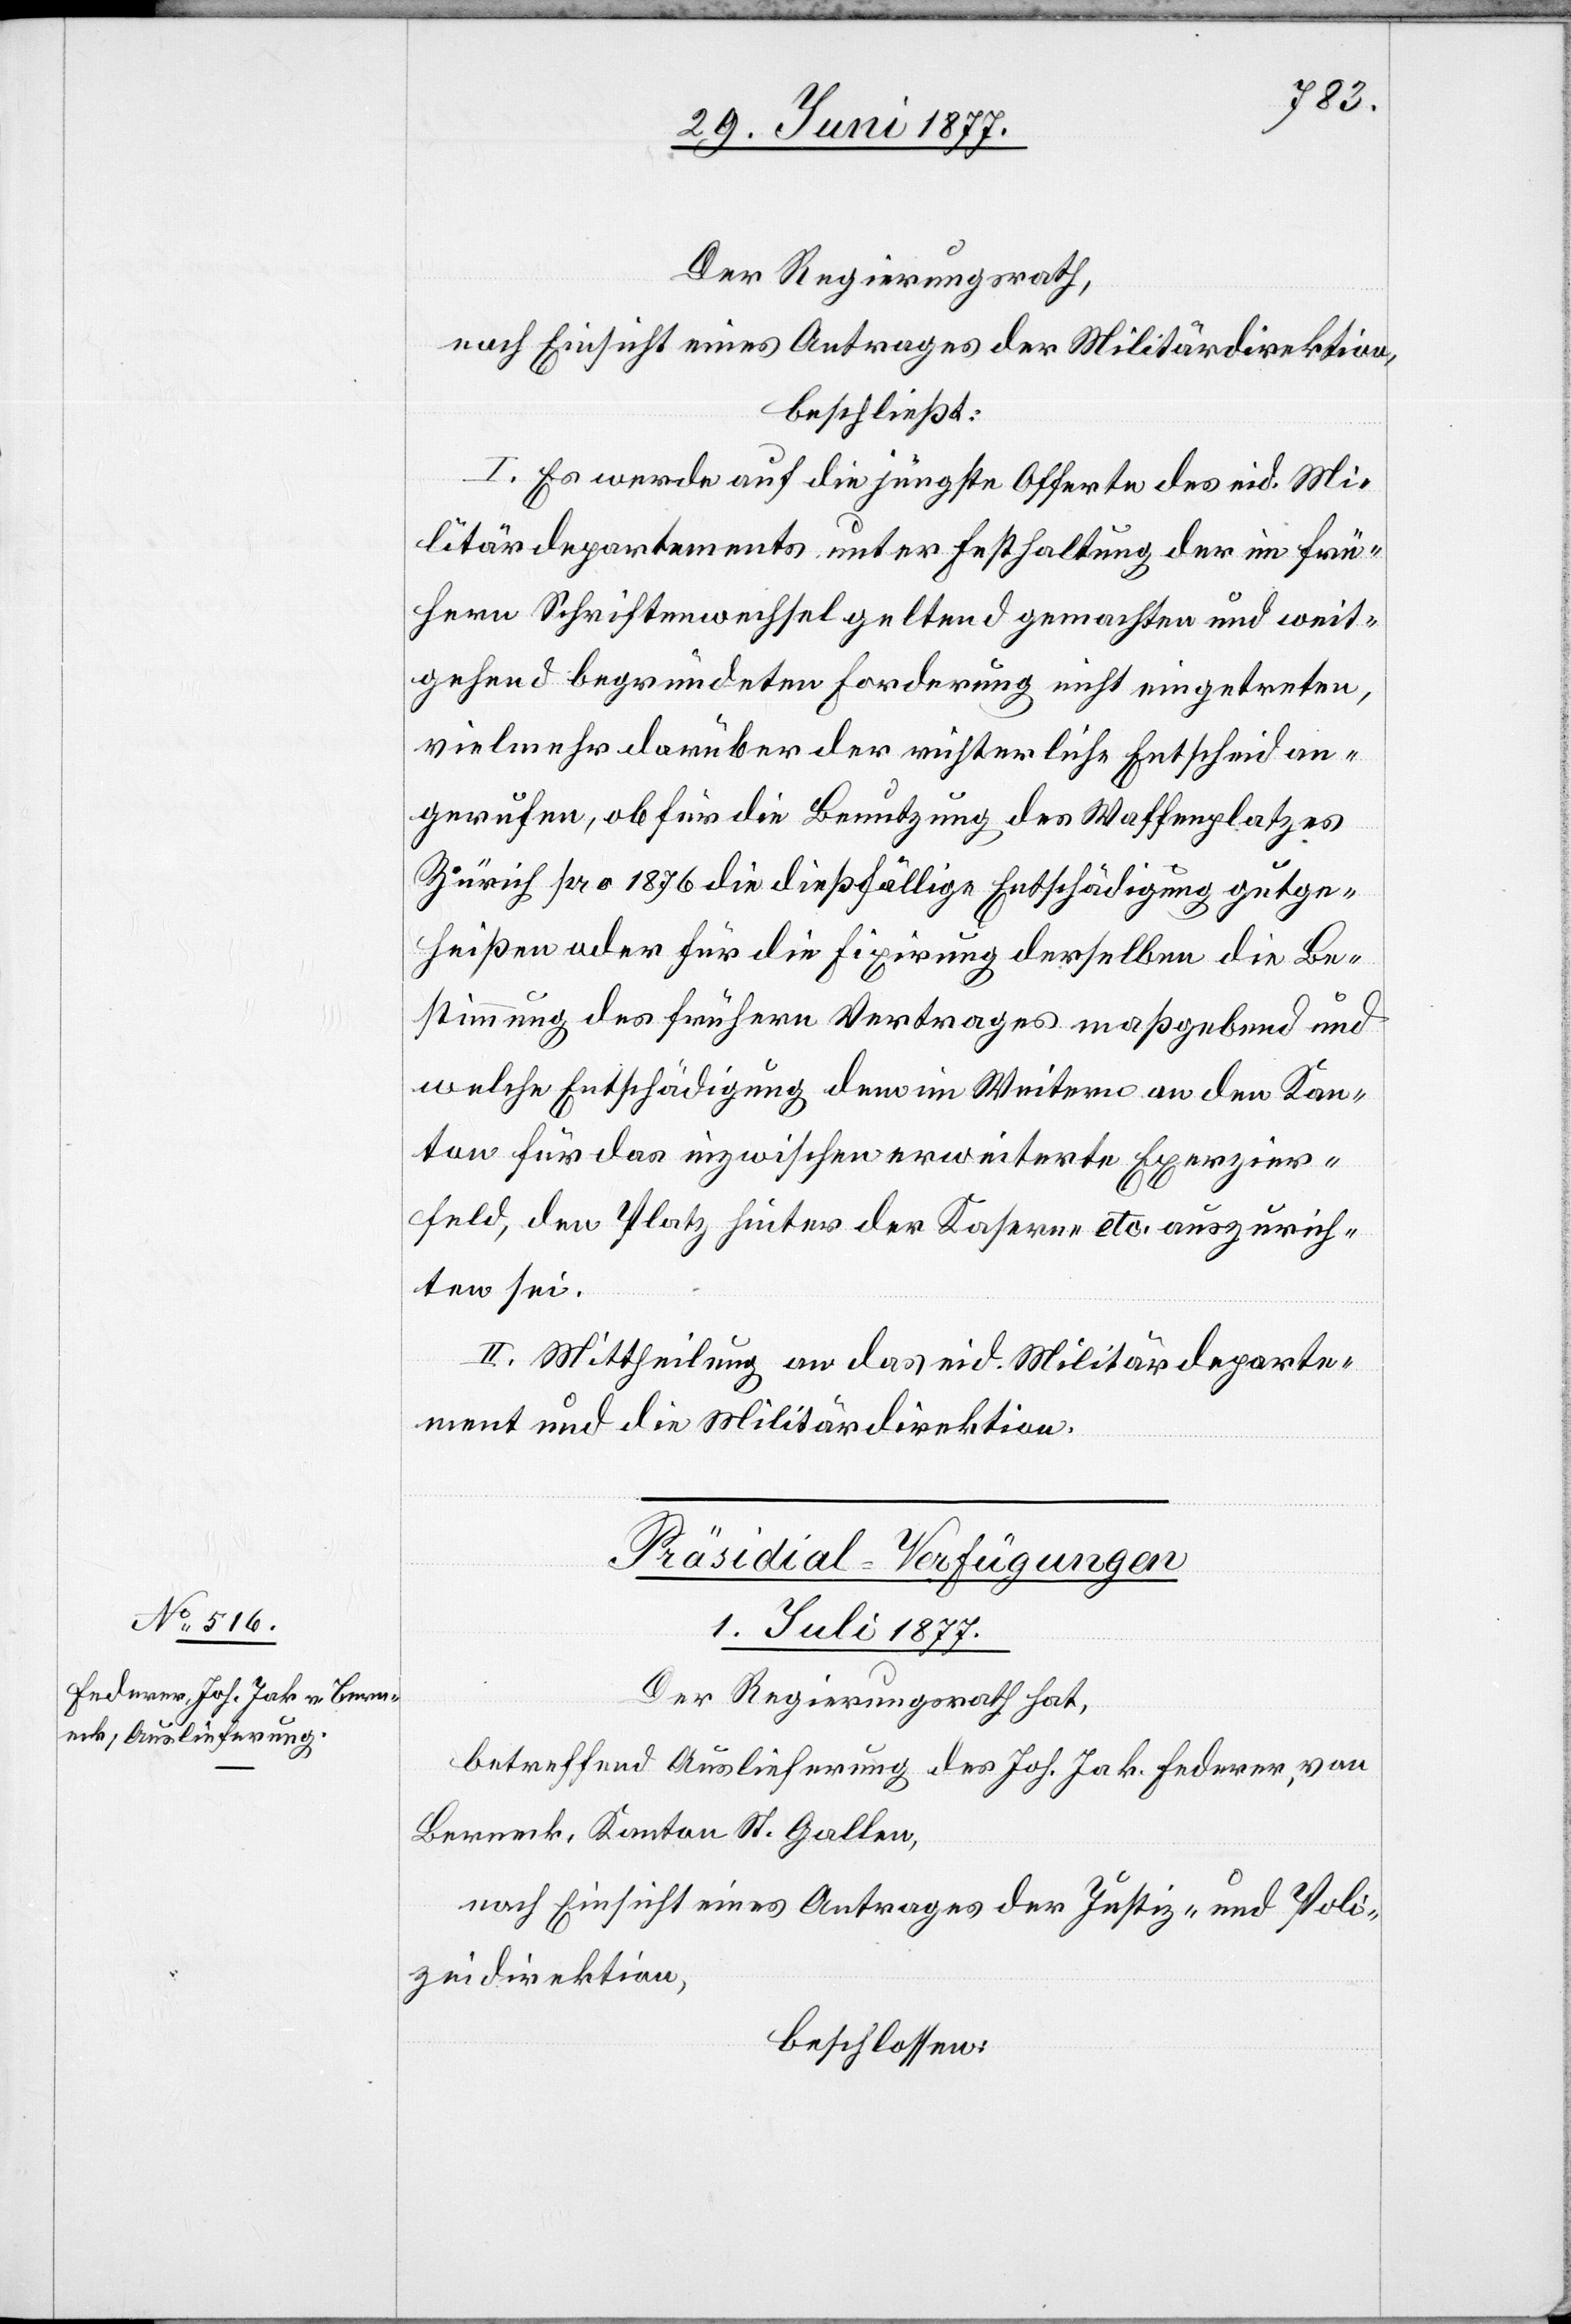
Der Regierungsrath,
nach Einsicht eines Antrages der Militärdirektion,
beschließt:
I. Es werde auf die jüngste Offerte des eid. Mi¬
litärdepartements unter Festhaltung der im frü¬
hern Schriftenwechsel geltend gemachten und weit¬
gehend begründeten Forderung nicht eingetreten,
vielmehr darüber der richterliche Entscheid an¬
gerufen, ob für die Benutzung des Waffenplatzes
Zürich pro 1876 die dießfällige Entschädigung gutge¬
heißen oder für die Fixirung derselben die Be¬
stimmung des frühern Vertrages maßgebend und
welche Entschädigung dem [sic!] im Weitern an den Kan¬
ton für das inzwischen erweiterte Exerzier¬
feld, den Platz hinter der Kaserne etc. auszurich¬
ten sei.
II. Mittheilung an das eid. Militärdeparte¬
ment und die Militärdirektion.
Präsidial-Verfügungen
1. Juli 1877.
Der Regierungsrath hat.
betreffend Auslieferung des Joh. Jak. Federer, von
Berneck, Kanton St. Gallen,
nach Einsicht eines Antrages der Justiz- und Poli¬
zeidirektion,
beschlossen: